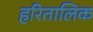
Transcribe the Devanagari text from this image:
हरितालिक